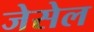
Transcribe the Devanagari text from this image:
जेसेल